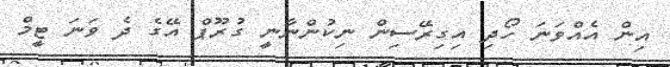
އިން އެއްވަނަ ހޯދި އިގިރޭސިން ނިކުންނާނީ ގުރޫޕް އޭގެ ދެ ވަނަ ޓީމް